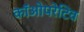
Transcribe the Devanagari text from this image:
कॉओपरेटिव